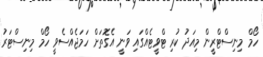
ހޯމް މިނިސްޓްރީން މިއަދު ކުރި ޓްވީޓެއްގައި ވަނީ އެގޮތަށް ހަމަޖެއްސެވީ ހޯމް މިނިސްޓަރު